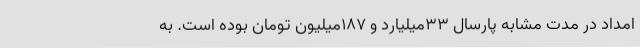
امداد در مدت مشابه پارسال 33میلیارد و 187میلیون تومان بوده است. به